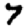
Digit: 7